Scientific memoirs by medical officers of the Army of India - Part XI,
Year: 1898
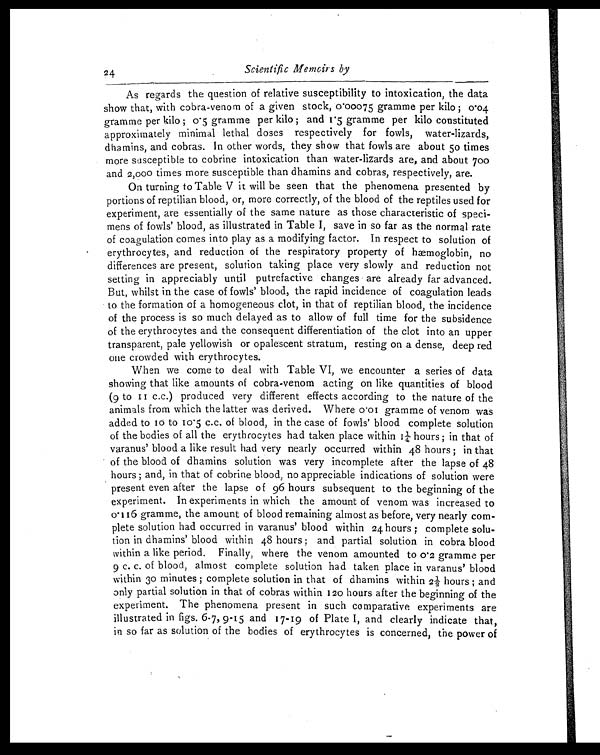
24
Scientific Memoirs by
As regards the question of relative susceptibility to intoxication, the data
show that, with cobra-venom of a given stock, 0.00075 gramme per kilo ; 0.04
gramme per kilo ; 0.5 gramme per kilo ; and 1.5 gramme per kilo constituted
approximately minimal lethal doses respectively for fowls, water-lizards,
dhamins, and cobras. In other words, they show that fowls are about 50 times
more susceptible to cobrine intoxication than water-lizards are, and about 700
and 2,000 times more susceptible than dhamins and cobras, respectively, are.
On turning to Table V it will be seen that the phenomena presented by
portions of reptilian blood, or, more correctly, of the blood of the reptiles used for
experiment, are essentially of the same nature as those characteristic of speci-
mens of fowls' blood, as illustrated in Table I, save in so far as the normal rate
of coagulation comes into play as a modifying factor. In respect to solution of
erythrocytes, and reduction of the respiratory property of hæmoglobin, no
differences are present, solution taking place very slowly and reduction not
setting in appreciably until putrefactive changes are already far advanced.
But, whilst in the case of fowls' blood, the rapid incidence of coagulation leads
to the formation of a homogeneous clot, in that of reptilian blood, the incidence
of the process is so much delayed as to allow of full time for the subsidence
of the erythrocytes and the consequent differentiation of the clot into an upper
transparent, pale yellowish or opalescent stratum, resting on a dense, deep red
one crowded with erythrocytes.
When we come to deal with Table VI, we encounter a series of data
showing that like amounts of cobra-venom acting on like quantities of blood
(9 to 11 c.c.) produced very different effects according to the nature of the
animals from which the latter was derived. Where 0.01 gramme of venom was
added to 10 to 10.5 c.c. of blood, in the case of fowls' blood complete solution
of the bodies of all the erythrocytes had taken place within 1¼ hours ; in that of
varanus' blood a like result had very nearly occurred within 48 hours ; in that
of the blood of dhamins solution was very incomplete after the lapse of 48
hours ; and, in that of cobrine blood, no appreciable indications of solution were
present even after the lapse of 96 hours subsequent to the beginning of the
experiment. In experiments in which the amount of venom was increased to
0.116 gramme, the amount of blood remaining almost as before, very nearly com-
plete solution had occurred in varanus' blood within 24 hours ; complete solu-
tion in dhamins' blood within 48 hours ; and partial solution in cobra blood
within a like period. Finally, where the venom amounted to 0.2 gramme per
9 c . c . o f b l o o d , a l m o s t c o m p l e t e s o l u t i o n h a d t a k e n p l a c e i n v a r a n u s ' b l o o d
within 30 minutes ; complete solution in that of dhamins within 2½ hours ; and
only partial solution in that of cobras within 120 hours after the beginning of the
experiment. The phenomena present in such comparative experiments are
illustrated in figs. 6-7, 9 - 15 and 17-19 of Plate I, and clearly indicate that,
in so far as solution of the bodies of erythrocytes is concerned, the power of